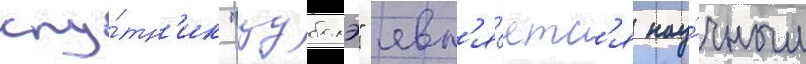
спу́тн'ик "цубамэ" явл'я́етс'я нау́чным